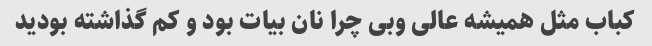
کباب مثل همیشه عالی وبی چرا نان بیات بود و کم گذاشته بودید